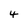
Character: 4